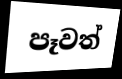
පෑවත්